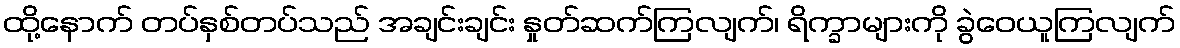
ထို့နောက် တပ်နှစ်တပ်သည် အချင်းချင်း နှုတ်ဆက်ကြလျက်၊ ရိက္ခာများကို ခွဲဝေယူကြလျက်